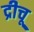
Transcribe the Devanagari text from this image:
द्रीचू